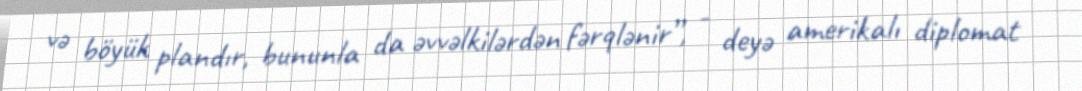
və böyük plandır, bununla da əvvəlkilərdən fərqlənir”, - deyə amerikalı diplomat